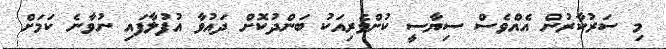
މި ސަރުކާރުން އެއްވެސް ސިޔާސީ ކުށްވެރިއަކު ބަންދުކޮށް ދައުވާ އުފުލާފައި ނުވާނެ ކަމަށް